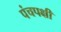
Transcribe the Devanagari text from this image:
पंचपक्षी